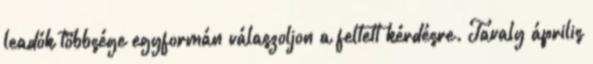
leadók többsége egyformán válaszoljon a feltett kérdésre. Tavaly április